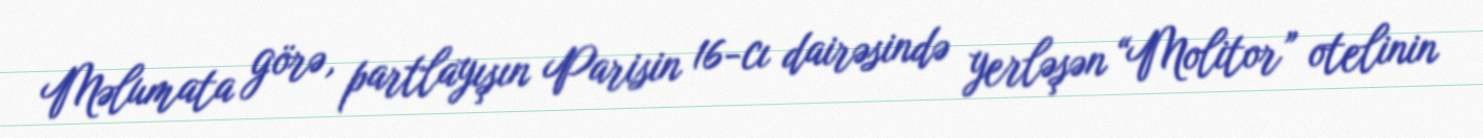
Məlumata görə, partlayışın Parisin 16-cı dairəsində yerləşən “Molitor” otelinin